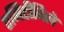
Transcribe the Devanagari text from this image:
एमिटीविले